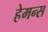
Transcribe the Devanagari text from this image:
हेमन्स